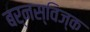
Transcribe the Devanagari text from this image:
बर्नस्विज्क